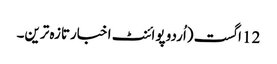
12 اگست (اُردو پوائنٹ اخبارتازہ ترین۔